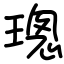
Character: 璁